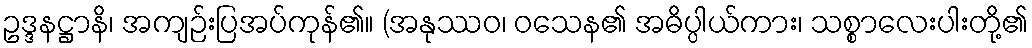
ဥဒ္ဒနဋ္ဌာနိ၊ အကျဉ်းပြအပ်ကုန်၏။ (အနုဿဝ၊ ဝသေန၏ အဓိပ္ပါယ်ကား၊ သစ္စာလေးပါးတို့၏